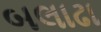
બલાઢા